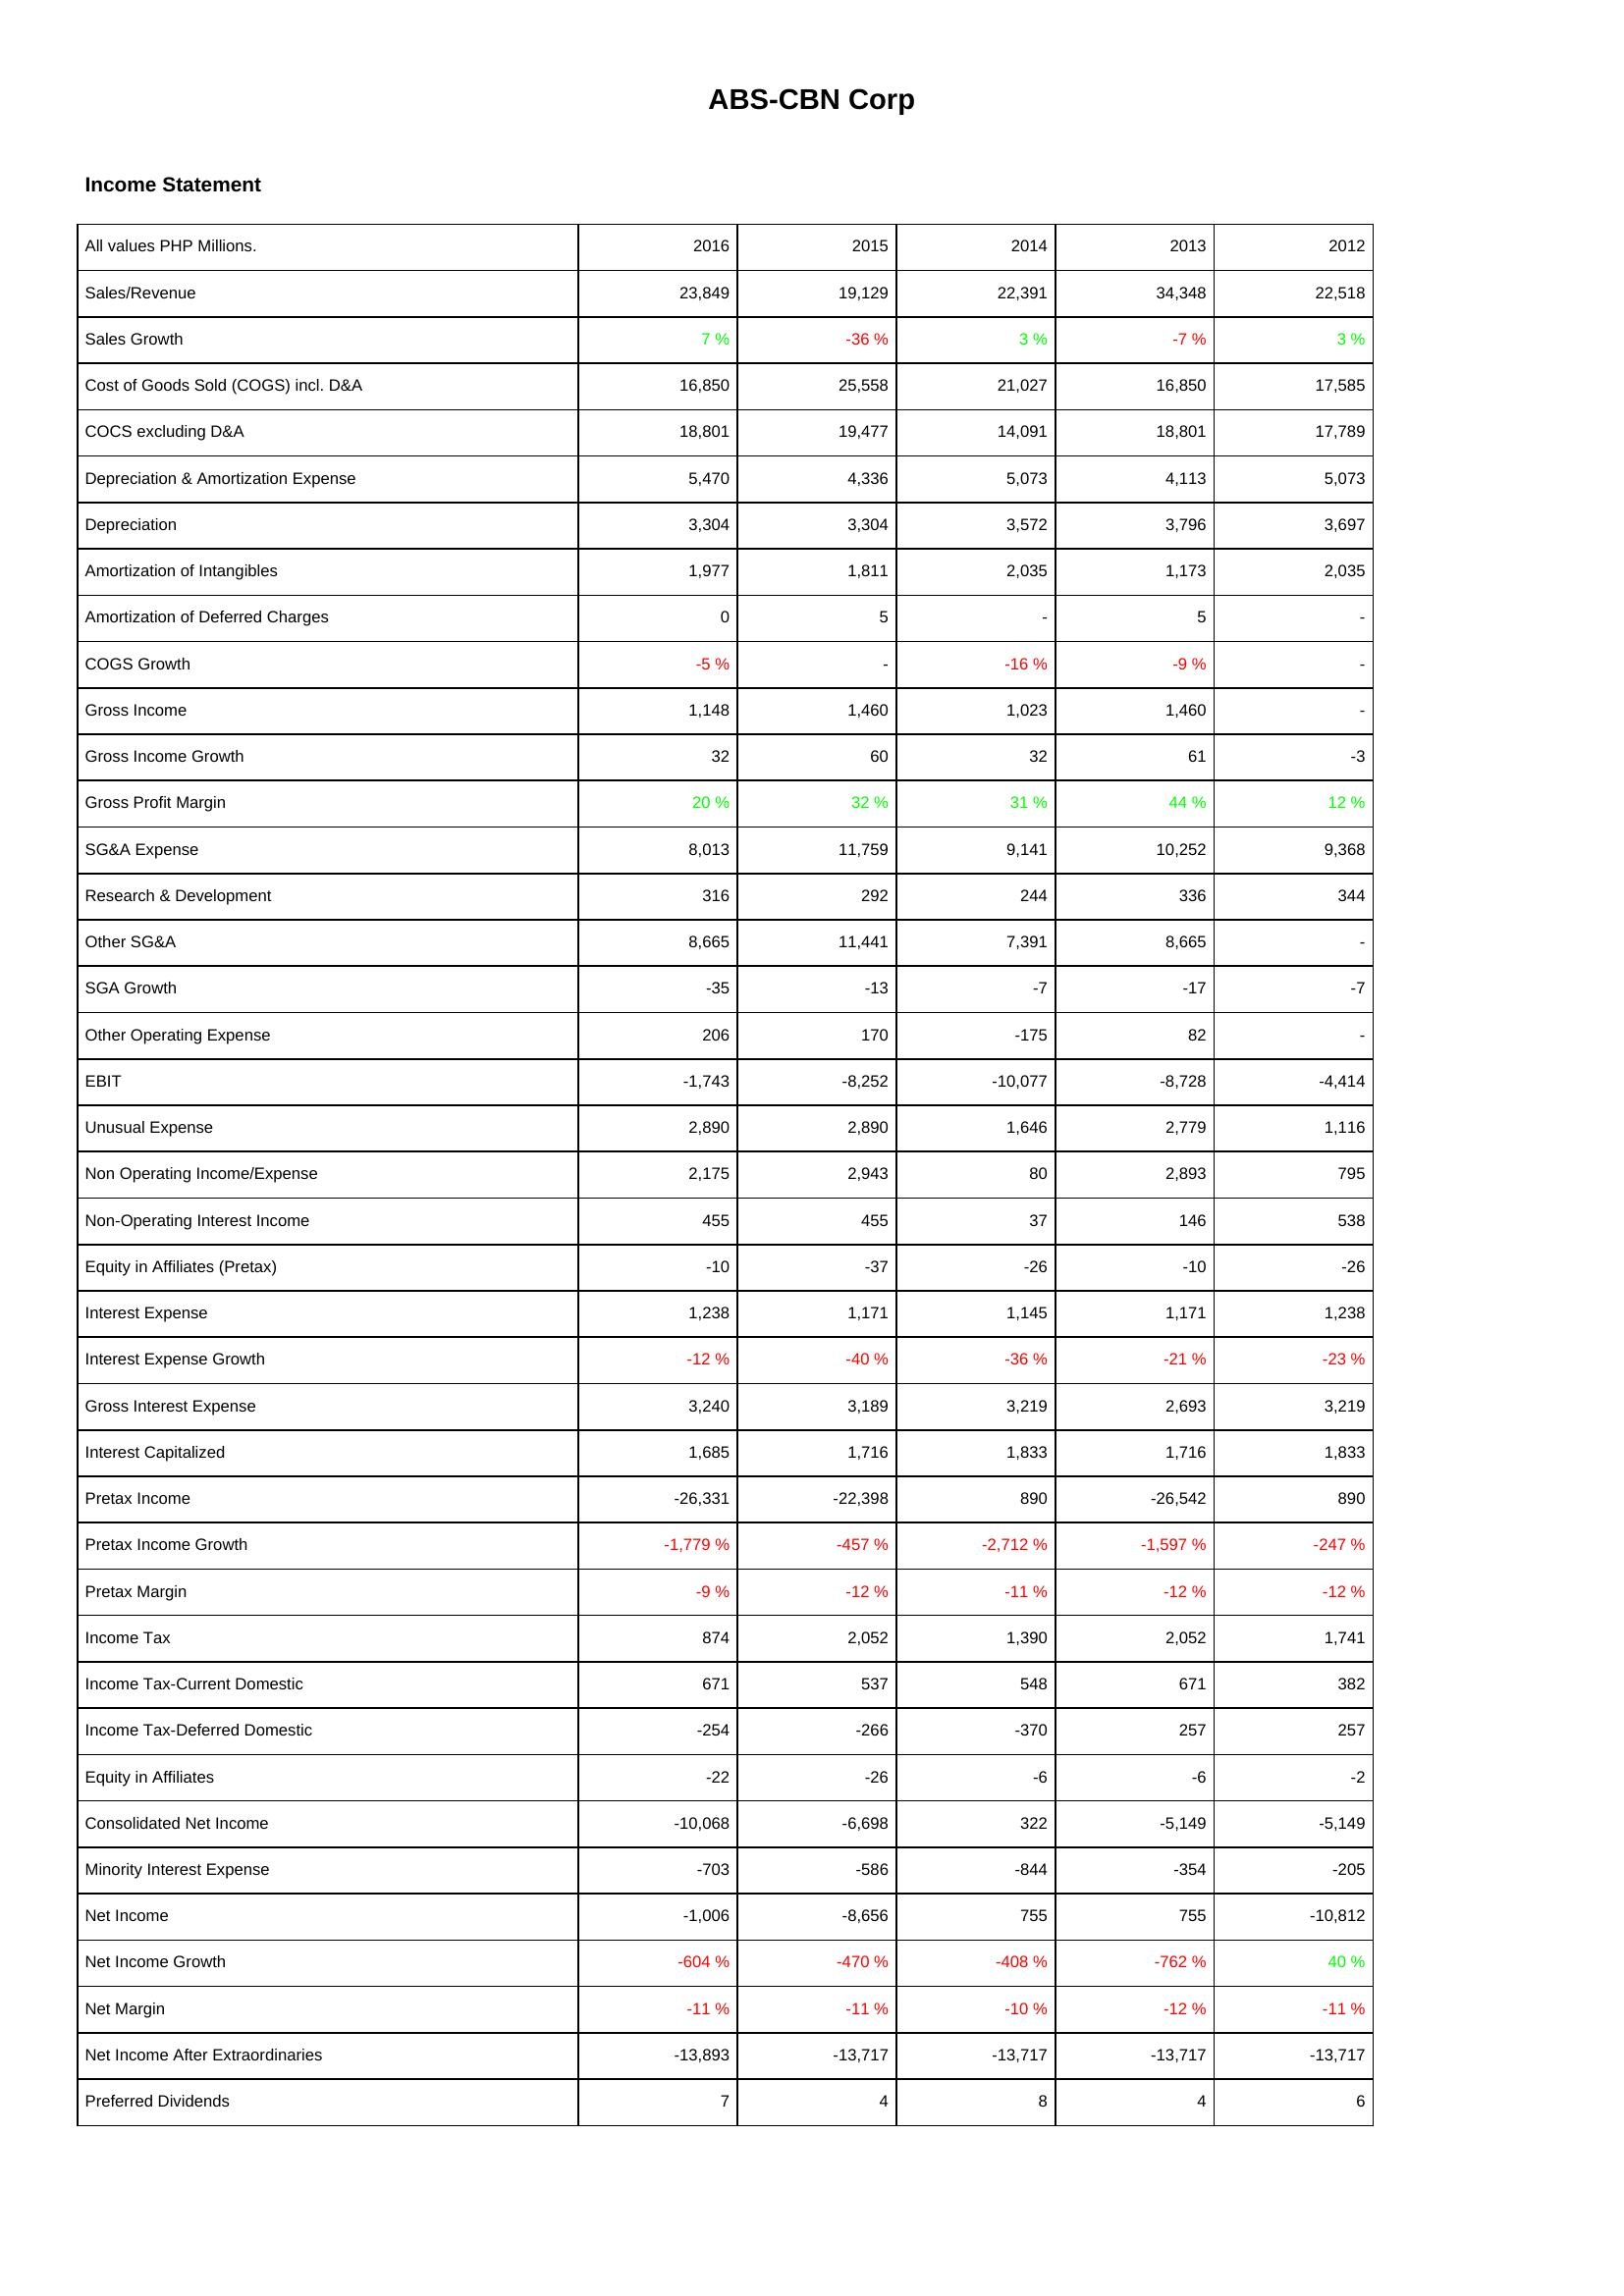
2016: Income Statement: Sales/Revenue: 23,849
Sales Growth: 7 %
Cost of Goods Sold (COGS) incl. D&A: 16,850
COCS excluding D&A: 18,801
Depreciation & Amortization Expense: 5,470
Depreciation: 3,304
Amortization of Intangibles: 1,977
Amortization of Deferred Charges: 0
COGS Growth: -5 %
Gross Income: 1,148
Gross Income Growth: 32
Gross Profit Margin: 20 %
SG&A Expense: 8,013
Research & Development: 316
Other SG&A: 8,665
SGA Growth: -35
Other Operating Expense: 206
EBIT: -1,743
Unusual Expense: 2,890
Non Operating Income/Expense: 2,175
Non-Operating Interest Income: 455
Equity in Affiliates (Pretax): -10
Interest Expense: 1,238
Interest Expense Growth: -12 %
Gross Interest Expense: 3,240
Interest Capitalized: 1,685
Pretax Income: -26,331
Pretax Income Growth: -1,779 %
Pretax Margin: -9 %
Income Tax: 874
Income Tax-Current Domestic: 671
Income Tax-Deferred Domestic: -254
Equity in Affiliates: -22
Consolidated Net Income: -10,068
Minority Interest Expense: -703
Net Income: -1,006
Net Income Growth: -604 %
Net Margin: -11 %
Net Income After Extraordinaries: -13,893
Preferred Dividends: 7
2015: Income Statement: Sales/Revenue: 19,129
Sales Growth: -36 %
Cost of Goods Sold (COGS) incl. D&A: 25,558
COCS excluding D&A: 19,477
Depreciation & Amortization Expense: 4,336
Depreciation: 3,304
Amortization of Intangibles: 1,811
Amortization of Deferred Charges: 5
COGS Growth: -
Gross Income: 1,460
Gross Income Growth: 60
Gross Profit Margin: 32 %
SG&A Expense: 11,759
Research & Development: 292
Other SG&A: 11,441
SGA Growth: -13
Other Operating Expense: 170
EBIT: -8,252
Unusual Expense: 2,890
Non Operating Income/Expense: 2,943
Non-Operating Interest Income: 455
Equity in Affiliates (Pretax): -37
Interest Expense: 1,171
Interest Expense Growth: -40 %
Gross Interest Expense: 3,189
Interest Capitalized: 1,716
Pretax Income: -22,398
Pretax Income Growth: -457 %
Pretax Margin: -12 %
Income Tax: 2,052
Income Tax-Current Domestic: 537
Income Tax-Deferred Domestic: -266
Equity in Affiliates: -26
Consolidated Net Income: -6,698
Minority Interest Expense: -586
Net Income: -8,656
Net Income Growth: -470 %
Net Margin: -11 %
Net Income After Extraordinaries: -13,717
Preferred Dividends: 4
2014: Income Statement: Sales/Revenue: 22,391
Sales Growth: 3 %
Cost of Goods Sold (COGS) incl. D&A: 21,027
COCS excluding D&A: 14,091
Depreciation & Amortization Expense: 5,073
Depreciation: 3,572
Amortization of Intangibles: 2,035
Amortization of Deferred Charges: -
COGS Growth: -16 %
Gross Income: 1,023
Gross Income Growth: 32
Gross Profit Margin: 31 %
SG&A Expense: 9,141
Research & Development: 244
Other SG&A: 7,391
SGA Growth: -7
Other Operating Expense: -175
EBIT: -10,077
Unusual Expense: 1,646
Non Operating Income/Expense: 80
Non-Operating Interest Income: 37
Equity in Affiliates (Pretax): -26
Interest Expense: 1,145
Interest Expense Growth: -36 %
Gross Interest Expense: 3,219
Interest Capitalized: 1,833
Pretax Income: 890
Pretax Income Growth: -2,712 %
Pretax Margin: -11 %
Income Tax: 1,390
Income Tax-Current Domestic: 548
Income Tax-Deferred Domestic: -370
Equity in Affiliates: -6
Consolidated Net Income: 322
Minority Interest Expense: -844
Net Income: 755
Net Income Growth: -408 %
Net Margin: -10 %
Net Income After Extraordinaries: -13,717
Preferred Dividends: 8
2013: Income Statement: Sales/Revenue: 34,348
Sales Growth: -7 %
Cost of Goods Sold (COGS) incl. D&A: 16,850
COCS excluding D&A: 18,801
Depreciation & Amortization Expense: 4,113
Depreciation: 3,796
Amortization of Intangibles: 1,173
Amortization of Deferred Charges: 5
COGS Growth: -9 %
Gross Income: 1,460
Gross Income Growth: 61
Gross Profit Margin: 44 %
SG&A Expense: 10,252
Research & Development: 336
Other SG&A: 8,665
SGA Growth: -17
Other Operating Expense: 82
EBIT: -8,728
Unusual Expense: 2,779
Non Operating Income/Expense: 2,893
Non-Operating Interest Income: 146
Equity in Affiliates (Pretax): -10
Interest Expense: 1,171
Interest Expense Growth: -21 %
Gross Interest Expense: 2,693
Interest Capitalized: 1,716
Pretax Income: -26,542
Pretax Income Growth: -1,597 %
Pretax Margin: -12 %
Income Tax: 2,052
Income Tax-Current Domestic: 671
Income Tax-Deferred Domestic: 257
Equity in Affiliates: -6
Consolidated Net Income: -5,149
Minority Interest Expense: -354
Net Income: 755
Net Income Growth: -762 %
Net Margin: -12 %
Net Income After Extraordinaries: -13,717
Preferred Dividends: 4
2012: Income Statement: Sales/Revenue: 22,518
Sales Growth: 3 %
Cost of Goods Sold (COGS) incl. D&A: 17,585
COCS excluding D&A: 17,789
Depreciation & Amortization Expense: 5,073
Depreciation: 3,697
Amortization of Intangibles: 2,035
Amortization of Deferred Charges: -
COGS Growth: -
Gross Income: -
Gross Income Growth: -3
Gross Profit Margin: 12 %
SG&A Expense: 9,368
Research & Development: 344
Other SG&A: -
SGA Growth: -7
Other Operating Expense: -
EBIT: -4,414
Unusual Expense: 1,116
Non Operating Income/Expense: 795
Non-Operating Interest Income: 538
Equity in Affiliates (Pretax): -26
Interest Expense: 1,238
Interest Expense Growth: -23 %
Gross Interest Expense: 3,219
Interest Capitalized: 1,833
Pretax Income: 890
Pretax Income Growth: -247 %
Pretax Margin: -12 %
Income Tax: 1,741
Income Tax-Current Domestic: 382
Income Tax-Deferred Domestic: 257
Equity in Affiliates: -2
Consolidated Net Income: -5,149
Minority Interest Expense: -205
Net Income: -10,812
Net Income Growth: 40 %
Net Margin: -11 %
Net Income After Extraordinaries: -13,717
Preferred Dividends: 6